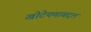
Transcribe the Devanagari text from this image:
खोटेपणाबद्दल